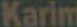
Karim